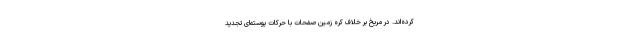
کرده‌اند. در مریخ بر خلاف کره زمین صفحات با حرکات پوسته‌ای تجدید